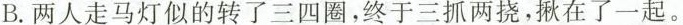
B.两人走马灯似的转了三四圈，终于三抓两挠，揪在了一起。